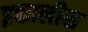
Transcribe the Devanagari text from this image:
इक्तालीस